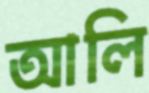
আলি